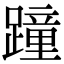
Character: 蹱